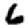
Digit: 6